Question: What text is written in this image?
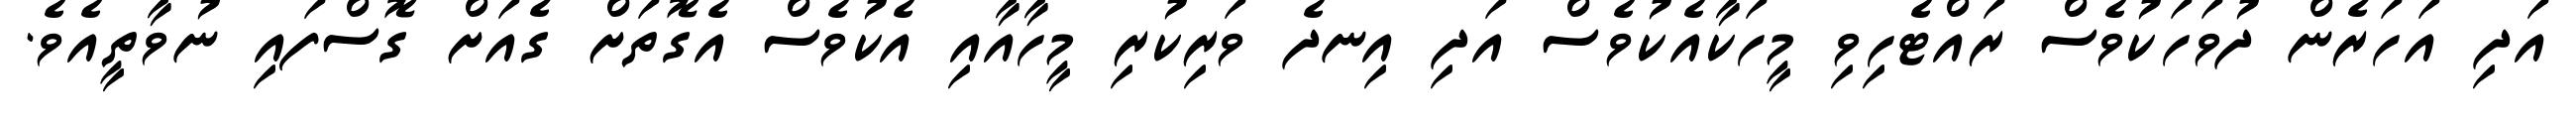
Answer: އަދި އަހަރެން ދުވަހަކުވެސް ރައްޓެހިވި މީހަކާއެކުވެސް އަދި އިނދެ ވަރިކުރި މީހާއާއި އެކުވެސް އެގޮތަށް ގެއަށް ގޮސްފައި ނުވާތީއެވެ.